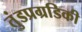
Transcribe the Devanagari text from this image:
तुंडप्रग्रडिकी